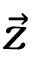
\vec { z }